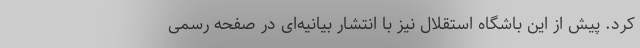
کرد. پیش از این باشگاه استقلال نیز با انتشار بیانیه‌ای در صفحه رسمی